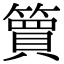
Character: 簤